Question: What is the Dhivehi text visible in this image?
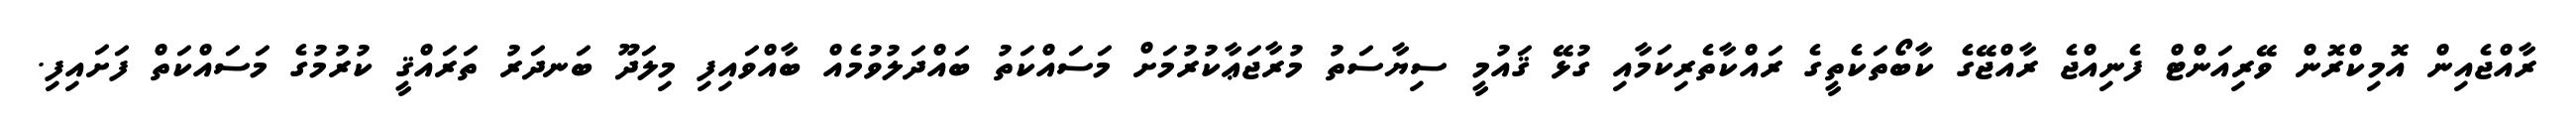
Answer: ރާއްޖެއިން އޮމިކްރޮން ވޭރިއަންޓް ފެނިއްޖެ ރާއްޖޭގެ ކާބޯތަކެތީގެ ރައްކާތެރިކަމާއި ގުޅޭ ޤައުމީ ސިޔާސަތު މުރާޖަޢާކުރުމަށް މަސައްކަތު ބައްދަލުވުމެއް ބާއްވައިފި މިލަދޫ ބަނދަރު ތަރައްޤީ ކުރުމުގެ މަސައްކަތް ފަށައިފި.